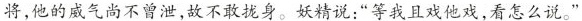
将，他的威气尚不曾泄，故不敢找身。妖精说：“等我且戏他戏，看怎么说。”